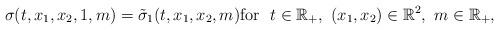
LaTeX: \begin{align*}\sigma (t, x_1, x_2, 1, m ) = \tilde{\sigma}_1 (t, x_1, x_2, m )\mbox{for} \ \ t \in \mathbb{R}_+ , \ (x_1, x_2) \in\mathbb{R}^2, \ m \in \mathbb{R}_+ ,\end{align*}